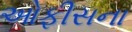
ઓફીસના